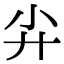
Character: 𡭛